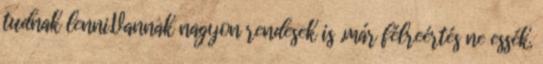
tudnak lenni.Vannak nagyon rendesek is ,már félreértés ne essék.